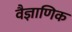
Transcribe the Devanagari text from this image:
वैज्ञाणिक